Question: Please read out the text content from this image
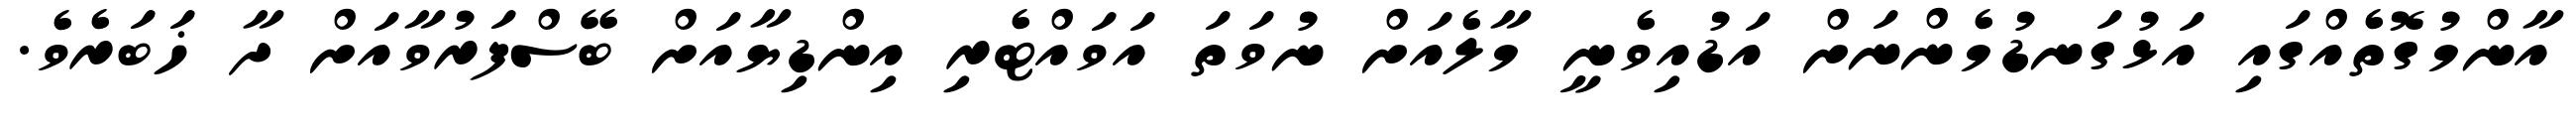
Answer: އާންމުގޮތެއްގައި އަޅުގަނޑުމެންނަށް އަޑުއިވެނީ މާލެއަށް ނުވަތަ އަވައްޓެރި އިންޑިޔާއަށް ބޭސްފަރުވާއަށް ދާ ޚަބަރެވެ.